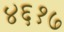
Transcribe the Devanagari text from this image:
४६१७